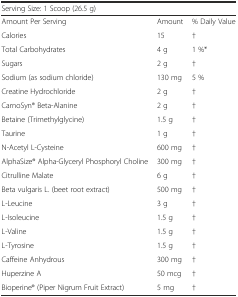
| Serving Size: 1 Scoop (26.5 g) |  |  |
 | --- | --- | --- |
 | Amount Per Serving | Amount | % Daily Value |
 | Calories | 15 | † |
 | Total Carbohydrates | 4 g | 1 %* |
 | Sugars | 2 g | † |
 | Sodium (as sodium chloride) | 130 mg | 5 % |
 | Creatine Hydrochloride | 2 g | † |
 | CarnoSyn® Beta-Alanine | 2 g | † |
 | Betaine (Trimethylglycine) | 1.5 g | † |
 | Taurine | 1 g | † |
 | N-Acetyl L-Cysteine | 600 mg | † |
 | AlphaSize® Alpha-Glyceryl Phosphoryl Choline | 300 mg | † |
 | Citrulline Malate | 6 g | † |
 | Beta vulgaris L. (beet root extract) | 500 mg | † |
 | L-Leucine | 3 g | † |
 | L-Isoleucine | 1.5 g | † |
 | L-Valine | 1.5 g | † |
 | L-Tyrosine | 1.5 g | † |
 | Caffeine Anhydrous | 300 mg | † |
 | Huperzine A | 50 mcg | † |
 | Bioperine® (Piper Nigrum Fruit Extract) | 5 mg | † |